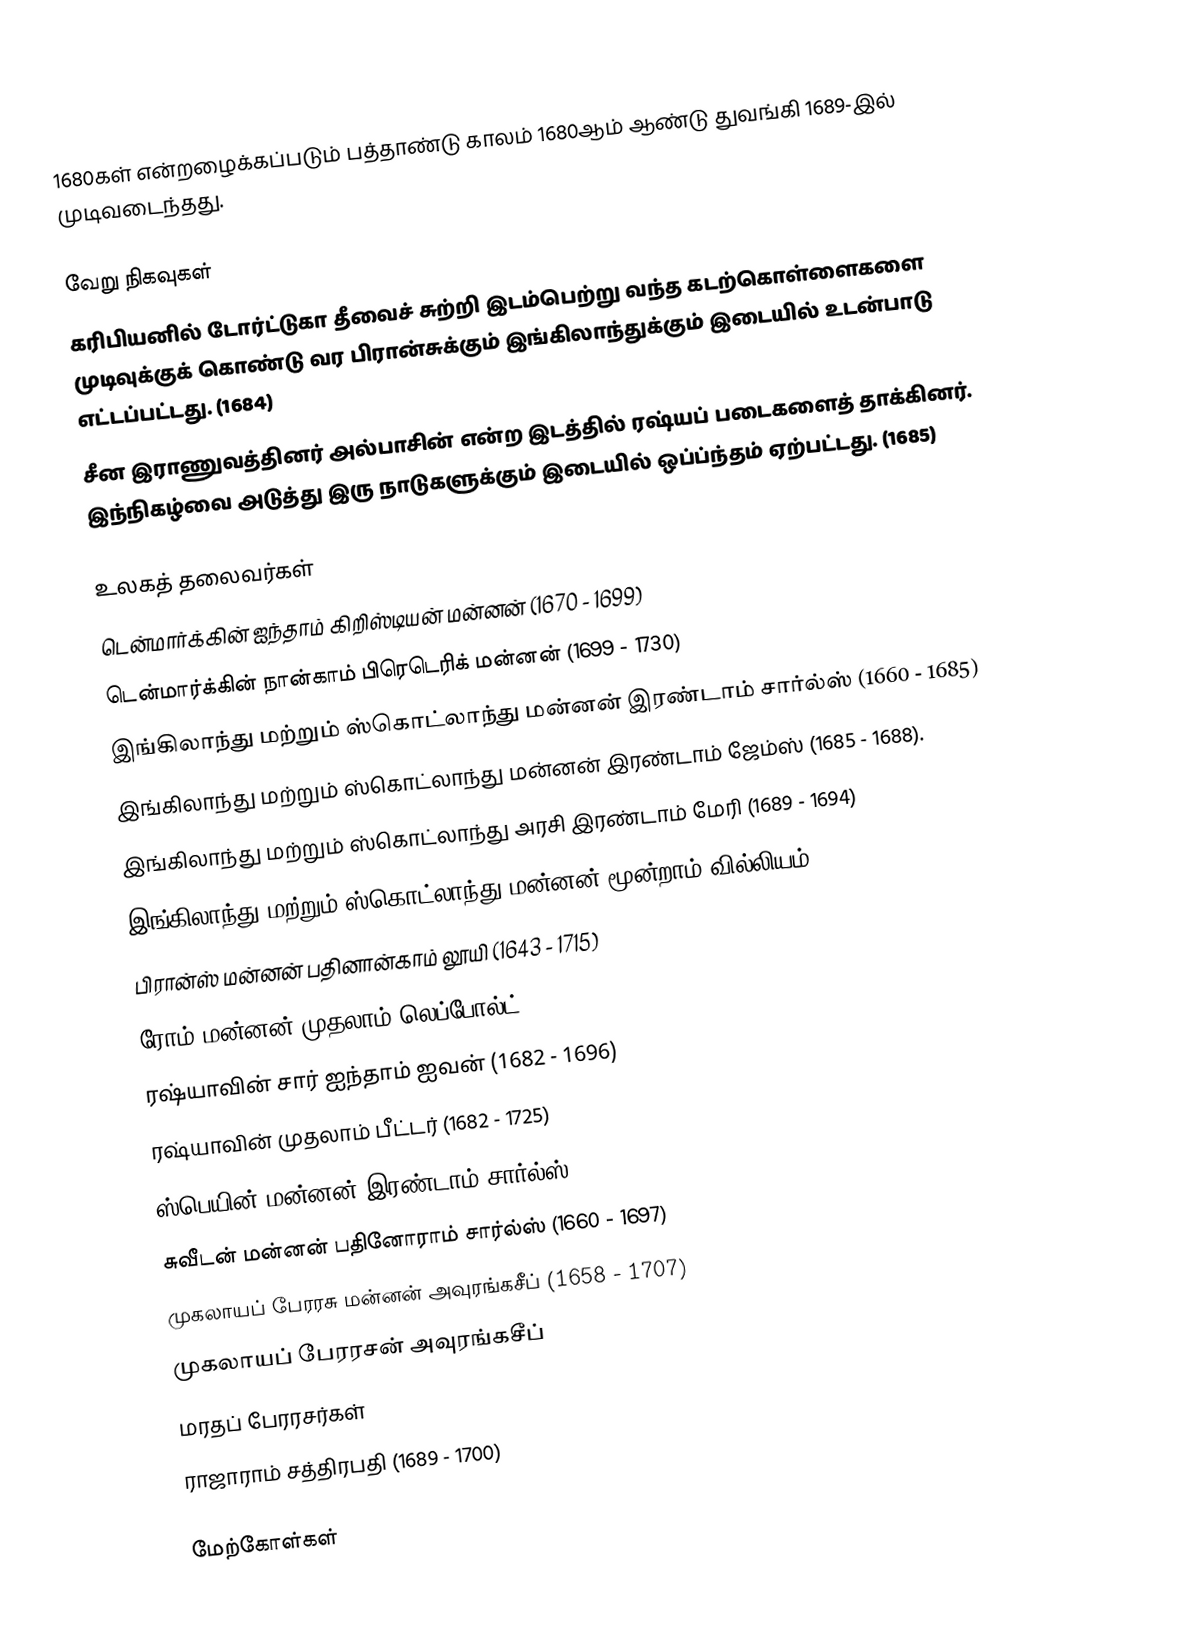
1680கள் என்றழைக்கப்படும் பத்தாண்டு காலம் 1680ஆம் ஆண்டு துவங்கி 1689-இல் முடிவடைந்தது.

வேறு நிகவுகள்
 கரிபியனில் டோர்ட்டுகா தீவைச் சுற்றி இடம்பெற்று வந்த கடற்கொள்ளைகளை முடிவுக்குக் கொண்டு வர பிரான்சுக்கும் இங்கிலாந்துக்கும் இடையில் உடன்பாடு எட்டப்பட்டது. (1684)
 சீன இராணுவத்தினர் அல்பாசின் என்ற இடத்தில் ரஷ்யப் படைகளைத் தாக்கினர். இந்நிகழ்வை அடுத்து இரு நாடுகளுக்கும் இடையில் ஒப்ப்ந்தம் ஏற்பட்டது. (1685)

உலகத் தலைவர்கள்
 டென்மார்க்கின் ஐந்தாம் கிறிஸ்டியன் மன்னன் (1670 - 1699)
 டென்மார்க்கின் நான்காம் பிரெடெரிக் மன்னன் (1699 - 1730)
 இங்கிலாந்து மற்றும் ஸ்கொட்லாந்து மன்னன் இரண்டாம் சார்ல்ஸ் (1660 - 1685)
 இங்கிலாந்து மற்றும் ஸ்கொட்லாந்து மன்னன் இரண்டாம் ஜேம்ஸ் (1685 - 1688).
 இங்கிலாந்து மற்றும் ஸ்கொட்லாந்து அரசி இரண்டாம் மேரி (1689 - 1694)
 இங்கிலாந்து மற்றும் ஸ்கொட்லாந்து மன்னன் மூன்றாம் வில்லியம் (1689 - 1702)
 பிரான்ஸ் மன்னன் பதினான்காம் லூயி (1643 - 1715)
 ரோம் மன்னன் முதலாம் லெப்போல்ட் (1658 - 1705)
 ரஷ்யாவின் சார் ஐந்தாம் ஐவன் (1682 - 1696)
 ரஷ்யாவின் முதலாம் பீட்டர் (1682 - 1725)
 ஸ்பெயின் மன்னன் இரண்டாம் சார்ல்ஸ் (1665 - 1700)
 சுவீடன் மன்னன் பதினோராம் சார்ல்ஸ் (1660 - 1697)
 முகலாயப் பேரரசு மன்னன் அவுரங்கசீப் (1658 - 1707)
 முகலாயப் பேரரசன் அவுரங்கசீப்
 மரதப் பேரரசர்கள்
 ராஜாராம் சத்திரபதி (1689 - 1700)

மேற்கோள்கள்